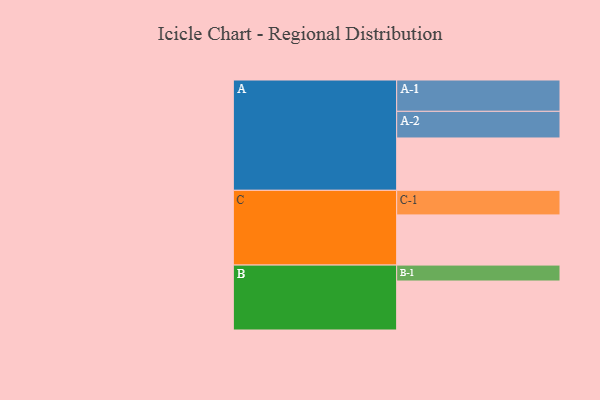
{"axis": {"x": "Segment", "y": "Value"}, "legend": ["", "A", "B", "C"], "data": [{"x": "A", "y": 483, "type": ""}, {"x": "B", "y": 452, "type": ""}, {"x": "C", "y": 463, "type": ""}, {"x": "A-1", "y": 289, "type": "A"}, {"x": "A-2", "y": 246, "type": "A"}, {"x": "B-1", "y": 147, "type": "B"}, {"x": "C-1", "y": 227, "type": "C"}]}